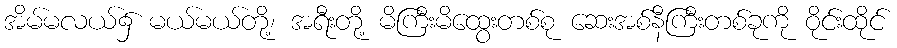
အိမ်မလယ်၌ မယ်မယ်တို့၊ အရီးတို့ မိကြီးမိထွေးတစ်စု ဆေးအစ်နီကြီးတစ်ခုကို ဝိုင်းထိုင်